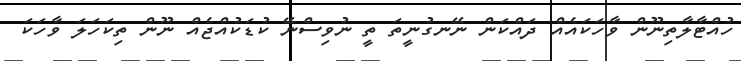
ހުއްޓާލާތިނޫން ވާހަކައެއް ދައްކަން ނޭނގުނީތަ ތީ ނުވިސްނޭ ކުޑަކުއްޖެއް ނޫން ތިކަހަލަ ވާހަކަ